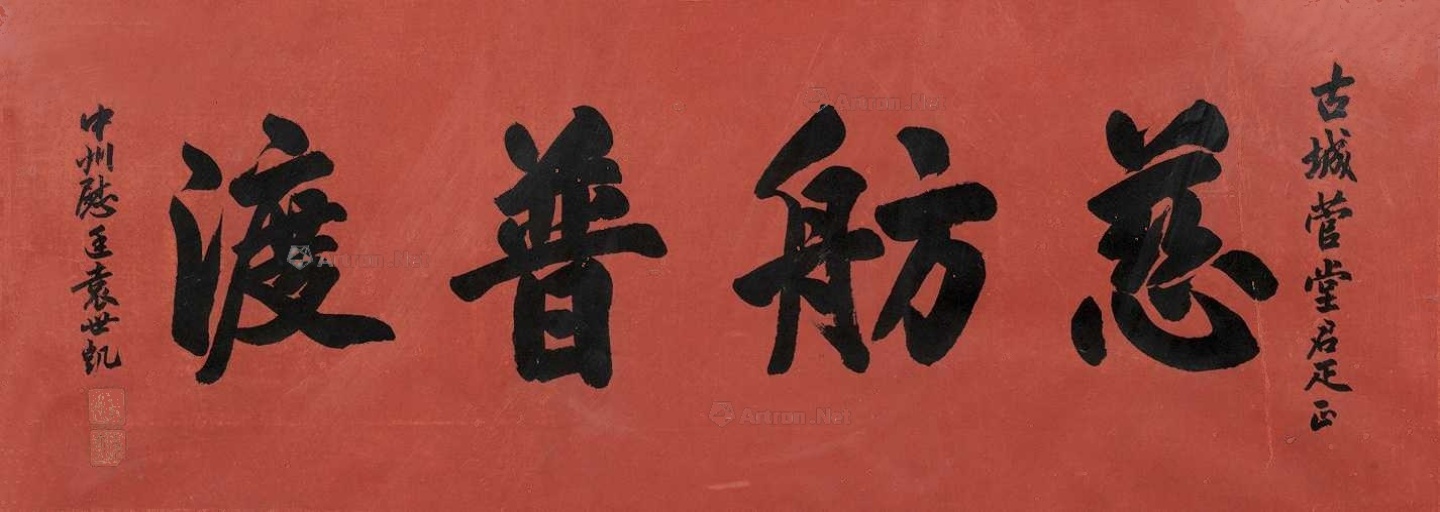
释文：慈航普渡。古城菅堂君雅正。中州慰廷袁世凯。